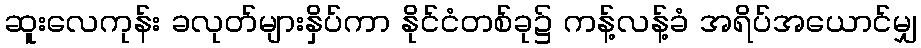
ဆူးလေကုန်း ခလုတ်များနှိပ်ကာ နိုင်ငံတစ်ခု၌ ကန့်လန့်ခံ အရိပ်အယောင်မျှ